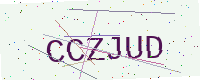
Text: CCZJUD